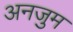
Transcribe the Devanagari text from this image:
अनजुम